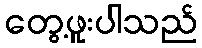
တွေ့ဖူးပါသည်